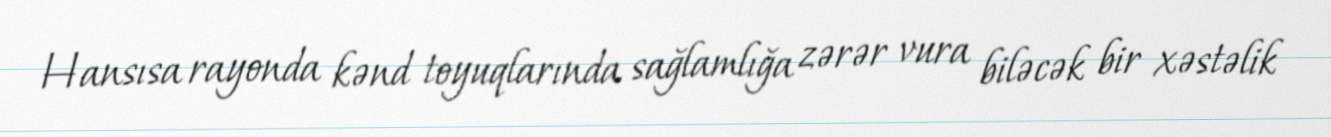
Hansısa rayonda kənd toyuqlarında sağlamlığa zərər vura biləcək bir xəstəlik